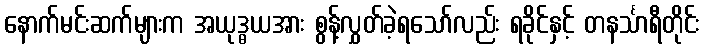
နောက်မင်းဆက်များက အယုဒ္ဓယအား စွန့်လွှတ်ခဲ့ရသော်လည်း ရခိုင်နှင့် တနင်္သာရီတိုင်း